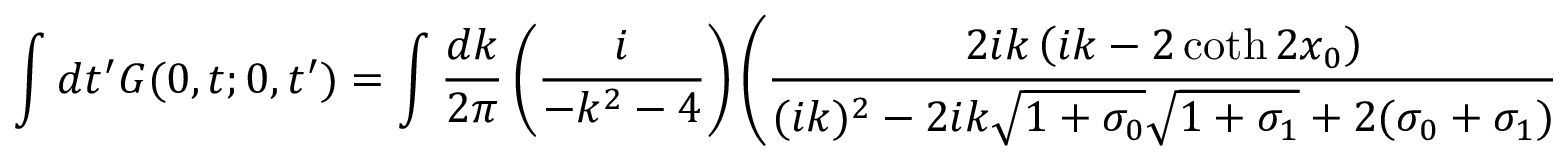
\int d t ^ { \prime } G ( 0 , t ; 0 , t ^ { \prime } ) = \int \frac { d k } { 2 \pi } \left( \frac { i } { - k ^ { 2 } - 4 } \right) \left( \frac { 2 i k \left( i k - 2 \coth 2 x _ { 0 } \right) } { ( i k ) ^ { 2 } - 2 i k \sqrt { 1 + \sigma _ { 0 } } \sqrt { 1 + \sigma _ { 1 } } + 2 ( \sigma _ { 0 } + \sigma _ { 1 } ) } \right) .